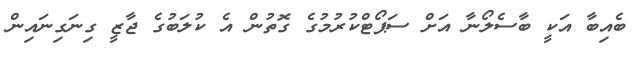
ބެއިބާ އަކީ ބާސެލޯނާ އަށް ސަޕޯޓްކުރުމުގެ ގޮތުން އެ ކުލަބުގެ ޖާޒީ ގިނަގިނައިން